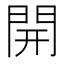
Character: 開